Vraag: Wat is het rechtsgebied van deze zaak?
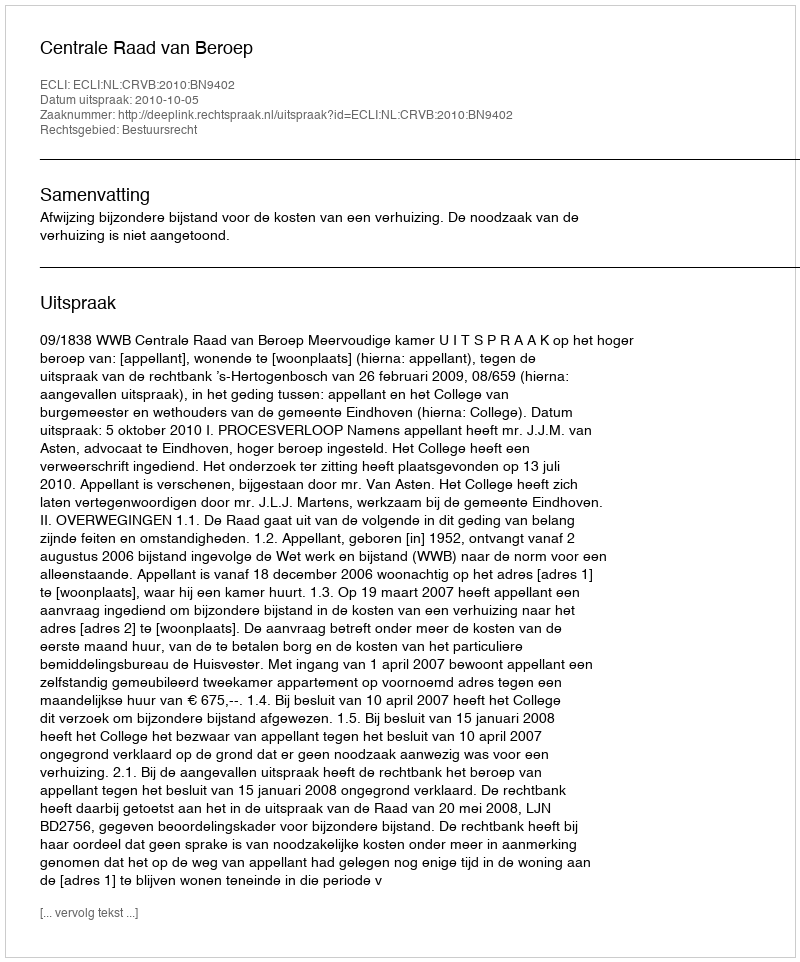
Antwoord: Bestuursrecht